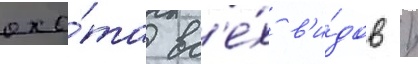
охо́та вс'е́х в'и́дов /